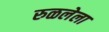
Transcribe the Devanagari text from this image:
रुळलेला